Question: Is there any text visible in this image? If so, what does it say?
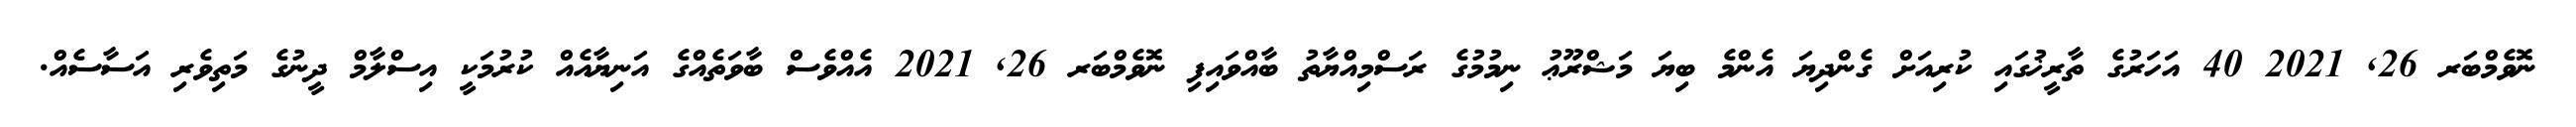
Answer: ނޮވެމްބަރ 26, 2021 40 އަހަރުގެ ތާރީޚުގައި ކުރިއަށް ގެންދިޔަ އެންމެ ބިޔަ މަޝްރޫޢު ނިމުމުގެ ރަސްމިއްޔާތު ބާއްވައިފި ނޮވެމްބަރ 26, 2021 އެއްވެސް ބާވަތެއްގެ އަނިޔާއެއް ކުރުމަކީ އިސްލާމް ދީނުގެ މަތިވެރި އަސާސެއް.